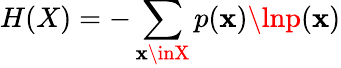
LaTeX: H(X)=-\sum_{\mathbf{x}\inX}p(\mathbf{x})\lnp(\mathbf{x})